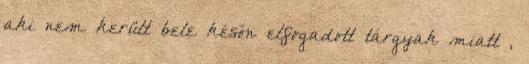
aki nem került bele későn elfogadott tárgyak miatt ,